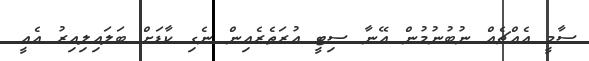
ސާމީ އެއްޗެއް ނުބުނުމުން އޭނާ ސިޓީ އުރަތެރެއިން ނެގި ކާޑަށް ބަލައިލިއިރު އެއީ